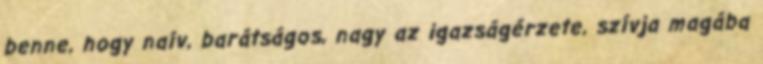
benne, hogy naív, barátságos, nagy az igazságérzete, szívja magába